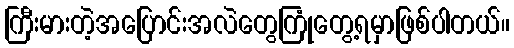
ကြီးမားတဲ့အပြောင်းအလဲတွေကြုံတွေ့ရမှာဖြစ်ပါတယ်။